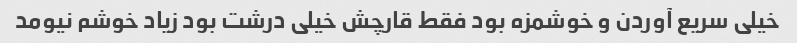
خیلی سریع آوردن و خوشمزه بود فقط قارچش خیلی درشت بود زیاد خوشم نیومد